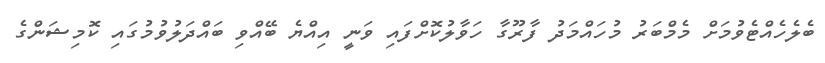
ބެލެހެއްޓެވުމަށް މެމްބަރު މުހައްމަދު ފާރޫގާ ހަވާލުކޮށްފައި ވަނީ އިއްޔެ ބޭއްވި ބައްދަލުވުމުގައި ކޮމިޝަންގެ